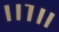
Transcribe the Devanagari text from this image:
।।१॥